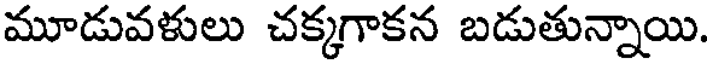
మూడువళులు చక్కగాకన బడుతున్నాయి.